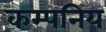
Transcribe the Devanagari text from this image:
कम्पनिय